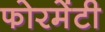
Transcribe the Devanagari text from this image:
फोरमेंटी